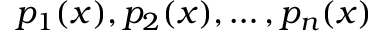
p _ { 1 } ( x ) , p _ { 2 } ( x ) , \dots , p _ { n } ( x )